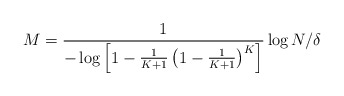
\begin{align*}M=\frac{1}{-\log \left[1-\frac{1}{K+1}\left(1-\frac{1}{K+1}\right)^K\right]}\log N/\delta\end{align*}